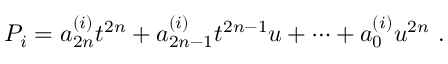
P _ { i } = a _ { 2 n } ^ { ( i ) } t ^ { 2 n } + a _ { 2 n - 1 } ^ { ( i ) } t ^ { 2 n - 1 } u + \cdots + a _ { 0 } ^ { ( i ) } u ^ { 2 n } \ .